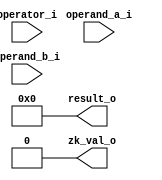
// SPDX-FileCopyrightText: 2021 Thinh Pham
//
// Licensed under the Apache License, Version 2.0 (the "License");
// you may not use this file except in compliance with the License.
// You may obtain a copy of the License at
//
//      http://www.apache.org/licenses/LICENSE-2.0
//
// Unless required by applicable law or agreed to in writing, software
// distributed under the License is distributed on an "AS IS" BASIS,
// WITHOUT WARRANTIES OR CONDITIONS OF ANY KIND, either express or implied.
// See the License for the specific language governing permissions and
// limitations under the License.
//
// SPDX-License-Identifier: Apache-2.0
module ibex_zk (
	operator_i,
	operand_a_i,
	operand_b_i,
	result_o,
	zk_val_o
);
	parameter integer RV32Zk = 32'sd0;
	input wire [6:0] operator_i;
	input wire [31:0] operand_a_i;
	input wire [31:0] operand_b_i;
	output wire [31:0] result_o;
	output wire zk_val_o;
	function automatic [31:0] ror32;
		input reg [31:0] x;
		input reg [4:0] amt;
		reg [31:0] ro;
		reg [31:0] l8;
		reg [31:0] l4;
		reg [31:0] l2;
		reg [31:0] l1;
		reg [31:0] l0;
		begin
			l0 = x;
			l1 = ({32 {amt[0]}} & {l0[0], l0[31:1]}) | ({32 {!amt[0]}} & l0[31:0]);
			l2 = ({32 {amt[1]}} & {l1[1:0], l1[31:2]}) | ({32 {!amt[1]}} & l1[31:0]);
			l4 = ({32 {amt[2]}} & {l2[3:0], l2[31:4]}) | ({32 {!amt[2]}} & l2[31:0]);
			l8 = ({32 {amt[3]}} & {l4[7:0], l4[31:8]}) | ({32 {!amt[3]}} & l4[31:0]);
			ro = ({32 {amt[4]}} & {l8[15:0], l8[31:16]}) | ({32 {!amt[4]}} & l8[31:0]);
			ror32 = ro;
		end
	endfunction
	function automatic [31:0] rol32;
		input reg [31:0] x;
		input reg [4:0] amt;
		reg [31:0] ro;
		reg [31:0] l8;
		reg [31:0] l4;
		reg [31:0] l2;
		reg [31:0] l1;
		reg [31:0] l0;
		begin
			l0 = x;
			l1 = ({32 {amt[0]}} & {l0[30:0], l0[31]}) | ({32 {!amt[0]}} & l0[31:0]);
			l2 = ({32 {amt[1]}} & {l1[29:0], l1[31:30]}) | ({32 {!amt[1]}} & l1[31:0]);
			l4 = ({32 {amt[2]}} & {l2[27:0], l2[31:28]}) | ({32 {!amt[2]}} & l2[31:0]);
			l8 = ({32 {amt[3]}} & {l4[23:0], l4[31:24]}) | ({32 {!amt[3]}} & l4[31:0]);
			ro = ({32 {amt[4]}} & {l8[15:0], l8[31:16]}) | ({32 {!amt[4]}} & l8[31:0]);
			rol32 = ro;
		end
	endfunction
	function automatic [7:0] rev8;
		input reg [7:0] x;
		reg [7:0] rb;
		begin
			begin : sv2v_autoblock_1
				reg signed [31:0] i;
				for (i = 0; i < 8; i = i + 1)
					rb[i] = x[(8 - i) - 1];
			end
			rev8 = rb;
		end
	endfunction
	function automatic [31:0] zip32;
		input reg [31:0] x;
		reg [31:0] uz;
		begin
			begin : sv2v_autoblock_2
				reg signed [31:0] i;
				for (i = 0; i < 16; i = i + 1)
					begin
						uz[2 * i] = x[i];
						uz[(2 * i) + 1] = x[i + 16];
					end
			end
			zip32 = uz;
		end
	endfunction
	function automatic [31:0] unzip32;
		input reg [31:0] x;
		reg [15:0] zh;
		reg [15:0] zl;
		begin
			begin : sv2v_autoblock_3
				reg signed [31:0] i;
				for (i = 0; i < 16; i = i + 1)
					begin
						zh[i] = x[(2 * i) + 1];
						zl[i] = x[2 * i];
					end
			end
			unzip32 = {zh, zl};
		end
	endfunction
	function automatic [7:0] xtime2;
		input reg [7:0] a;
		reg [7:0] x2;
		begin
			x2 = {a[6:0], 1'b0} ^ (a[7] ? 8'h1b : 8'b00000000);
			xtime2 = x2;
		end
	endfunction
	function automatic [7:0] xtimeN;
		input reg [7:0] a;
		input reg [3:0] b;
		reg [7:0] xn;
		begin
			xn = (((b[0] ? a : 0) ^ (b[1] ? xtime2(a) : 0)) ^ (b[2] ? xtime2(xtime2(a)) : 0)) ^ (b[3] ? xtime2(xtime2(xtime2(a))) : 0);
			xtimeN = xn;
		end
	endfunction
	wire zkb_val;
	wire [31:0] zkb_result;
	generate
		if (RV32Zk != 32'sd0) begin : gen_zkb
			wire ror_sel;
			wire rol_sel;
			wire rori_sel;
			wire andn_sel;
			wire orn_sel;
			wire xnor_sel;
			wire pack_sel;
			wire packh_sel;
			wire brev8_sel;
			wire rev8_sel;
			wire zip_sel;
			wire unzip_sel;
			wire clmull_sel;
			wire clmulh_sel;
			wire xperm8_sel;
			wire xperm4_sel;
			assign ror_sel = operator_i == 7'd67;
			assign rol_sel = operator_i == 7'd68;
			assign rori_sel = operator_i == 7'd62;
			assign andn_sel = operator_i == 7'd69;
			assign orn_sel = operator_i == 7'd70;
			assign xnor_sel = operator_i == 7'd71;
			assign pack_sel = operator_i == 7'd72;
			assign packh_sel = operator_i == 7'd73;
			assign brev8_sel = operator_i == 7'd63;
			assign rev8_sel = operator_i == 7'd64;
			assign zip_sel = operator_i == 7'd65;
			assign unzip_sel = operator_i == 7'd66;
			assign clmull_sel = operator_i == 7'd74;
			assign clmulh_sel = operator_i == 7'd75;
			assign xperm8_sel = operator_i == 7'd76;
			assign xperm4_sel = operator_i == 7'd77;
			wire [4:0] shamt;
			assign shamt = operand_b_i[4:0];
			wire [31:0] wror;
			wire [31:0] wrol;
			wire [31:0] wandn;
			wire [31:0] worn;
			wire [31:0] wxnor;
			wire [31:0] wpack;
			wire [31:0] wpackh;
			assign wror = ror32(operand_a_i, shamt);
			assign wrol = rol32(operand_a_i, shamt);
			assign wandn = operand_a_i & ~operand_b_i;
			assign worn = operand_a_i | ~operand_b_i;
			assign wxnor = operand_a_i ^ ~operand_b_i;
			assign wpack = {operand_b_i[15:0], operand_a_i[15:0]};
			assign wpackh = {16'd0, operand_b_i[7:0], operand_a_i[7:0]};
			wire [7:0] rs1_b0;
			wire [7:0] rs1_b1;
			wire [7:0] rs1_b2;
			wire [7:0] rs1_b3;
			assign rs1_b0 = operand_a_i[7:0];
			assign rs1_b1 = operand_a_i[15:8];
			assign rs1_b2 = operand_a_i[23:16];
			assign rs1_b3 = operand_a_i[31:24];
			wire [7:0] brev8_0;
			wire [7:0] brev8_1;
			wire [7:0] brev8_2;
			wire [7:0] brev8_3;
			assign brev8_0 = rev8(rs1_b0);
			assign brev8_1 = rev8(rs1_b1);
			assign brev8_2 = rev8(rs1_b2);
			assign brev8_3 = rev8(rs1_b3);
			wire [31:0] wbrev8;
			wire [31:0] wrev8;
			assign wbrev8 = {brev8_3, brev8_2, brev8_1, brev8_0};
			assign wrev8 = {rs1_b0, rs1_b1, rs1_b2, rs1_b3};
			wire [31:0] wzip;
			wire [31:0] wunzip;
			assign wzip = zip32(operand_a_i);
			assign wunzip = unzip32(operand_a_i);
			wire [3:0] lut_4b [7:0];
			wire [31:0] wxperm4;
			genvar i;
			for (i = 0; i < 8; i = i + 1) begin : gen_lut_xperm4
				assign lut_4b[i] = operand_a_i[4 * i+:4];
				wire [2:0] lut_8idx;
				assign lut_8idx = operand_b_i[4 * i+:3];
				wire [3:0] lut4_out;
				assign lut4_out = lut_4b[lut_8idx];
				assign wxperm4[i * 4+:4] = (operand_b_i[(4 * i) + 3] ? 4'b0000 : lut4_out);
			end
			wire [7:0] lut_8b [3:0];
			wire [31:0] wxperm8;
			for (i = 0; i < 4; i = i + 1) begin : gen_lut_xperm8
				assign lut_8b[i] = operand_a_i[8 * i+:8];
				wire [1:0] lut_4idx;
				assign lut_4idx = operand_b_i[8 * i+:2];
				wire [7:0] lut8_out;
				assign lut8_out = lut_8b[lut_4idx];
				assign wxperm8[i * 8+:8] = (|{operand_b_i[(8 * i) + 7:(8 * i) + 2]} ? 8'd0 : lut8_out);
			end
			wire [15:0] lhs0;
			wire [15:0] rhs0;
			wire [15:0] lhs1;
			wire [15:0] rhs1;
			wire [15:0] lhs2;
			wire [15:0] rhs2;
			assign lhs0 = (clmulh_sel ? operand_a_i[31:16] : operand_a_i[15:0]);
			assign rhs0 = (clmulh_sel ? operand_b_i[31:16] : operand_b_i[15:0]);
			assign lhs1 = operand_a_i[15:0];
			assign rhs1 = operand_b_i[31:16];
			assign lhs2 = operand_a_i[31:16];
			assign rhs2 = operand_b_i[15:0];
			wire [31:0] polymul0;
			wire [31:0] polymul1;
			wire [31:0] polymul2;
			ibex_poly16_mul mul16_ins0(
				lhs0,
				rhs0,
				polymul0
			);
			ibex_poly16_mul mul16_ins1(
				lhs1,
				rhs1,
				polymul1
			);
			ibex_poly16_mul mul16_ins2(
				lhs2,
				rhs2,
				polymul2
			);
			wire [31:0] wclmull;
			wire [31:0] wclmulh;
			wire [31:0] clmulm;
			assign clmulm = polymul1 ^ polymul2;
			assign wclmulh = {polymul0[31:16], polymul0[15:0] ^ clmulm[31:16]};
			assign wclmull = {polymul0[31:16] ^ clmulm[15:0], polymul0[15:0]};
			assign zkb_val = |{ror_sel, rol_sel, rori_sel, andn_sel, orn_sel, xnor_sel, pack_sel, packh_sel, brev8_sel, rev8_sel, zip_sel, unzip_sel, clmull_sel, clmulh_sel, xperm8_sel, xperm4_sel};
			assign zkb_result = ((((((((((((((({32 {ror_sel}} & wror) | ({32 {rol_sel}} & wrol)) | ({32 {rori_sel}} & wror)) | ({32 {andn_sel}} & wandn)) | ({32 {orn_sel}} & worn)) | ({32 {xnor_sel}} & wxnor)) | ({32 {pack_sel}} & wpack)) | ({32 {packh_sel}} & wpackh)) | ({32 {brev8_sel}} & wbrev8)) | ({32 {rev8_sel}} & wrev8)) | ({32 {zip_sel}} & wzip)) | ({32 {unzip_sel}} & wunzip)) | ({32 {clmull_sel}} & wclmull)) | ({32 {clmulh_sel}} & wclmulh)) | ({32 {xperm8_sel}} & wxperm8)) | ({32 {xperm4_sel}} & wxperm4);
		end
		else begin : no_gen_zkb
			assign zkb_val = 1'b0;
			assign zkb_result = 32'd0;
		end
	endgenerate
	wire zkn_val;
	wire [31:0] zkn_result;
	generate
		if (RV32Zk == 32'sd2) begin : gen_zkn
			wire bs0;
			wire bs1;
			wire bs2;
			wire bs3;
			assign bs0 = (((operator_i == 7'd88) || (operator_i == 7'd92)) || (operator_i == 7'd96)) || (operator_i == 7'd100);
			assign bs1 = (((operator_i == 7'd89) || (operator_i == 7'd93)) || (operator_i == 7'd97)) || (operator_i == 7'd101);
			assign bs2 = (((operator_i == 7'd90) || (operator_i == 7'd94)) || (operator_i == 7'd98)) || (operator_i == 7'd102);
			assign bs3 = (((operator_i == 7'd91) || (operator_i == 7'd95)) || (operator_i == 7'd99)) || (operator_i == 7'd103);
			wire decs_sel;
			wire encs_sel;
			wire decsm_sel;
			wire encsm_sel;
			assign decs_sel = (((operator_i == 7'd88) || (operator_i == 7'd89)) || (operator_i == 7'd90)) || (operator_i == 7'd91);
			assign encs_sel = (((operator_i == 7'd96) || (operator_i == 7'd97)) || (operator_i == 7'd98)) || (operator_i == 7'd99);
			assign decsm_sel = (((operator_i == 7'd92) || (operator_i == 7'd93)) || (operator_i == 7'd94)) || (operator_i == 7'd95);
			assign encsm_sel = (((operator_i == 7'd100) || (operator_i == 7'd101)) || (operator_i == 7'd102)) || (operator_i == 7'd103);
			wire aes32_sel;
			assign aes32_sel = ((decs_sel || encs_sel) || encsm_sel) || decsm_sel;
			wire [7:0] sel_byte;
			assign sel_byte = ((({8 {bs0}} & operand_b_i[7:0]) | ({8 {bs1}} & operand_b_i[15:8])) | ({8 {bs2}} & operand_b_i[23:16])) | ({8 {bs3}} & operand_b_i[31:24]);
			wire dec;
			wire mix;
			assign dec = decs_sel || decsm_sel;
			assign mix = encsm_sel || decsm_sel;
			wire [7:0] sbox_out;
			ibex_aes_sbox i_aes_sbox(
				.fw(~dec),
				.in(sel_byte),
				.fx(sbox_out)
			);
			wire [7:0] mix_b0;
			wire [7:0] mix_b1;
			wire [7:0] mix_b2;
			wire [7:0] mix_b3;
			assign mix_b3 = xtimeN(sbox_out, (dec ? 11 : 3));
			assign mix_b2 = (dec ? xtimeN(sbox_out, 13) : sbox_out);
			assign mix_b1 = (dec ? xtimeN(sbox_out, 9) : sbox_out);
			assign mix_b0 = xtimeN(sbox_out, (dec ? 14 : 2));
			wire [31:0] mixed;
			wire [31:0] sbox_mix;
			wire [31:0] rotated;
			assign mixed = {mix_b3, mix_b2, mix_b1, mix_b0};
			assign sbox_mix = (mix ? mixed : {24'b000000000000000000000000, sbox_out});
			assign rotated = ((({32 {bs0}} & {sbox_mix}) | ({32 {bs1}} & {sbox_mix[23:0], sbox_mix[31:24]})) | ({32 {bs2}} & {sbox_mix[15:0], sbox_mix[31:16]})) | ({32 {bs3}} & {sbox_mix[7:0], sbox_mix[31:8]});
			wire sha256_sum0_sel;
			wire sha256_sum1_sel;
			wire sha256_sig0_sel;
			wire sha256_sig1_sel;
			assign sha256_sum0_sel = operator_i == 7'd78;
			assign sha256_sum1_sel = operator_i == 7'd79;
			assign sha256_sig0_sel = operator_i == 7'd80;
			assign sha256_sig1_sel = operator_i == 7'd81;
			wire sha512_sum0r_sel;
			wire sha512_sum1r_sel;
			wire sha512_sig0l_sel;
			wire sha512_sig1l_sel;
			wire sha512_sig0h_sel;
			wire sha512_sig1h_sel;
			assign sha512_sum0r_sel = operator_i == 7'd82;
			assign sha512_sum1r_sel = operator_i == 7'd83;
			assign sha512_sig0l_sel = operator_i == 7'd84;
			assign sha512_sig0h_sel = operator_i == 7'd86;
			assign sha512_sig1l_sel = operator_i == 7'd85;
			assign sha512_sig1h_sel = operator_i == 7'd87;
			wire [31:0] sha256_sum0;
			wire [31:0] sha256_sum1;
			wire [31:0] sha256_sig0;
			wire [31:0] sha256_sig1;
			assign sha256_sig0 = (((operand_a_i >> 7) | (operand_a_i << 25)) ^ ((operand_a_i >> 18) | (operand_a_i << 14))) ^ (operand_a_i >> 3);
			assign sha256_sig1 = (((operand_a_i >> 17) | (operand_a_i << 15)) ^ ((operand_a_i >> 19) | (operand_a_i << 13))) ^ (operand_a_i >> 10);
			assign sha256_sum0 = (((operand_a_i >> 2) | (operand_a_i << 30)) ^ ((operand_a_i >> 13) | (operand_a_i << 19))) ^ ((operand_a_i >> 22) | (operand_a_i << 10));
			assign sha256_sum1 = (((operand_a_i >> 6) | (operand_a_i << 26)) ^ ((operand_a_i >> 11) | (operand_a_i << 21))) ^ ((operand_a_i >> 25) | (operand_a_i << 7));
			wire [31:0] sha512_sum0r;
			wire [31:0] sha512_sum1r;
			wire [31:0] sha512_sig0l;
			wire [31:0] sha512_sig1l;
			wire [31:0] sha512_sig0h;
			wire [31:0] sha512_sig1h;
			assign sha512_sum0r = (((((operand_a_i << 25) ^ (operand_a_i << 30)) ^ (operand_a_i >> 28)) ^ (operand_b_i >> 7)) ^ (operand_b_i >> 2)) ^ (operand_b_i << 4);
			assign sha512_sum1r = (((((operand_a_i << 23) ^ (operand_a_i >> 14)) ^ (operand_a_i >> 18)) ^ (operand_b_i >> 9)) ^ (operand_b_i << 18)) ^ (operand_b_i << 14);
			assign sha512_sig0l = (((((operand_a_i >> 1) ^ (operand_a_i >> 7)) ^ (operand_a_i >> 8)) ^ (operand_b_i << 31)) ^ (operand_b_i << 25)) ^ (operand_b_i << 24);
			assign sha512_sig0h = ((((operand_a_i >> 1) ^ (operand_a_i >> 7)) ^ (operand_a_i >> 8)) ^ (operand_b_i << 31)) ^ (operand_b_i << 24);
			assign sha512_sig1l = (((((operand_a_i << 3) ^ (operand_a_i >> 6)) ^ (operand_a_i >> 19)) ^ (operand_b_i >> 29)) ^ (operand_b_i << 26)) ^ (operand_b_i << 13);
			assign sha512_sig1h = ((((operand_a_i << 3) ^ (operand_a_i >> 6)) ^ (operand_a_i >> 19)) ^ (operand_b_i >> 29)) ^ (operand_b_i << 13);
			assign zkn_val = |{sha256_sum0_sel, sha256_sum1_sel, sha256_sig0_sel, sha256_sig1_sel, sha512_sum0r_sel, sha512_sum1r_sel, sha512_sig0l_sel, sha512_sig1l_sel, sha512_sig0h_sel, sha512_sig1h_sel, aes32_sel};
			assign zkn_result = (((((((((({32 {aes32_sel}} & (rotated ^ operand_a_i)) | ({32 {sha256_sig0_sel}} & sha256_sig0)) | ({32 {sha256_sig1_sel}} & sha256_sig1)) | ({32 {sha256_sum0_sel}} & sha256_sum0)) | ({32 {sha256_sum1_sel}} & sha256_sum1)) | ({32 {sha512_sum0r_sel}} & sha512_sum0r)) | ({32 {sha512_sum1r_sel}} & sha512_sum1r)) | ({32 {sha512_sig0l_sel}} & sha512_sig0l)) | ({32 {sha512_sig0h_sel}} & sha512_sig0h)) | ({32 {sha512_sig1l_sel}} & sha512_sig1l)) | ({32 {sha512_sig1h_sel}} & sha512_sig1h);
		end
		else begin : no_gen_zkn
			assign zkn_val = 1'b0;
			assign zkn_result = 32'd0;
		end
	endgenerate
	wire zks_val;
	wire [31:0] zks_result;
	generate
		if (RV32Zk == 32'sd3) begin : gen_zks
			wire sm4ed_sel;
			wire sm4ks_sel;
			wire sm3p0_sel;
			wire sm3p1_sel;
			assign sm4ed_sel = (((operator_i == 7'd104) || (operator_i == 7'd106)) || (operator_i == 7'd105)) || (operator_i == 7'd107);
			assign sm4ks_sel = (((operator_i == 7'd108) || (operator_i == 7'd110)) || (operator_i == 7'd109)) || (operator_i == 7'd111);
			assign sm3p0_sel = operator_i == 7'd112;
			assign sm3p1_sel = operator_i == 7'd113;
			wire zks_bs0;
			wire zks_bs1;
			wire zks_bs2;
			wire zks_bs3;
			assign zks_bs0 = (operator_i == 7'd104) || (operator_i == 7'd108);
			assign zks_bs1 = (operator_i == 7'd105) || (operator_i == 7'd109);
			assign zks_bs2 = (operator_i == 7'd106) || (operator_i == 7'd110);
			assign zks_bs3 = (operator_i == 7'd107) || (operator_i == 7'd111);
			wire [7:0] sbox_in;
			assign sbox_in = ((({8 {zks_bs0}} & operand_b_i[7:0]) | ({8 {zks_bs1}} & operand_b_i[15:8])) | ({8 {zks_bs2}} & operand_b_i[23:16])) | ({8 {zks_bs3}} & operand_b_i[31:24]);
			wire [7:0] sm4_sbox_out;
			ibex_sm4_sbox ism4_sbox(
				.in(sbox_in),
				.fx(sm4_sbox_out)
			);
			wire [31:0] s;
			assign s = {24'b000000000000000000000000, sm4_sbox_out};
			wire [31:0] ed1;
			wire [31:0] ed2;
			assign ed1 = ((s ^ (s << 8)) ^ (s << 2)) ^ (s << 18);
			assign ed2 = (ed1 ^ ((s & 32'h0000003f) << 26)) ^ ((s & 32'h000000c0) << 10);
			wire [31:0] ks1;
			wire [31:0] ks2;
			assign ks1 = (s ^ ((s & 32'h00000007) << 29)) ^ ((s & 32'h000000fe) << 7);
			assign ks2 = (ks1 ^ ((s & 32'h00000001) << 23)) ^ ((s & 32'h000000f8) << 13);
			wire [31:0] rot_in;
			wire [31:0] rot_out;
			wire [31:0] sm4;
			assign rot_in = (sm4ks_sel ? ks2 : ed2);
			assign rot_out = ((({32 {zks_bs0}} & {rot_in}) | ({32 {zks_bs1}} & {rot_in[23:0], rot_in[31:24]})) | ({32 {zks_bs2}} & {rot_in[15:0], rot_in[31:16]})) | ({32 {zks_bs3}} & {rot_in[7:0], rot_in[31:8]});
			assign sm4 = rot_out ^ operand_a_i;
			wire [31:0] sm3_p0;
			wire [31:0] sm3_p1;
			assign sm3_p0 = (operand_a_i ^ ((operand_a_i << 9) | (operand_a_i >> 23))) ^ ((operand_a_i << 17) | (operand_a_i >> 15));
			assign sm3_p1 = (operand_a_i ^ ((operand_a_i << 15) | (operand_a_i >> 17))) ^ ((operand_a_i << 23) | (operand_a_i >> 9));
			assign zks_val = |{sm4ed_sel, sm4ks_sel, sm3p0_sel, sm3p1_sel};
			assign zks_result = ((({32 {sm4ed_sel}} & sm4) | ({32 {sm4ks_sel}} & sm4)) | ({32 {sm3p0_sel}} & sm3_p0)) | ({32 {sm3p1_sel}} & sm3_p1);
		end
		else begin : no_gen_zks
			assign zks_val = 1'b0;
			assign zks_result = 32'd0;
		end
	endgenerate
	assign zk_val_o = (zkb_val || zkn_val) || zks_val;
	assign result_o = (zkb_result | zkn_result) | zks_result;
endmodule